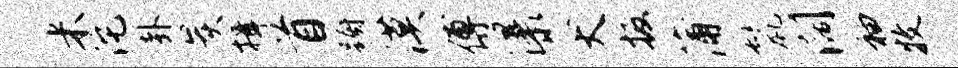
米沱卦炭揖首蹰漠傅瀑犬扳蒲鬣阔袖牧